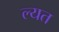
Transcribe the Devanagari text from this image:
ल्यत